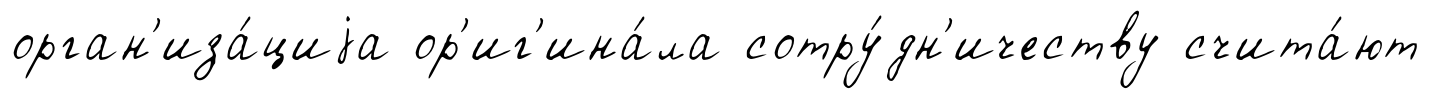
орган'иза́циjа ор'иг'ина́ла сотру́дн'ичеству счита́ют